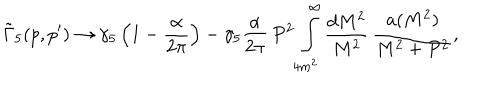
\tilde { \Gamma } _ { 5 } ( p , p ^ { \prime } ) \to \gamma _ { 5 } \left( 1 - \frac { \alpha } { 2 \pi } \right) - \gamma _ { 5 } \frac { \alpha } { 2 \pi } \, P ^ { 2 } \int _ { 4 m ^ { 2 } } ^ { \infty } \frac { d M ^ { 2 } } { M ^ { 2 } } \, \frac { a ( M ^ { 2 } ) } { M ^ { 2 } + P ^ { 2 } } ,